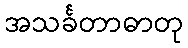
အသင်္ခတာဓာတု